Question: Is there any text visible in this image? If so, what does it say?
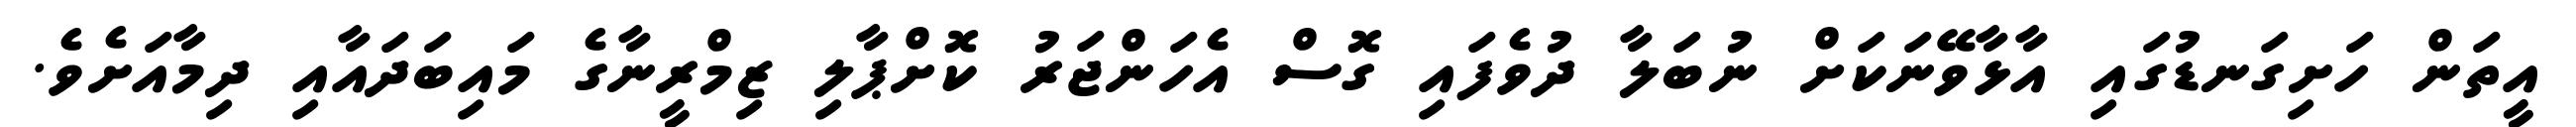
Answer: އީތަން ހަށިގަނޑުގައި އާޅާވޭނަކަށް ނުބަލާ ދުވެފައި ގޮސް އެހަންޖަރު ކޮށްޕާލި ޒިމްރީނާގެ މައިބަދައާއި ދިމާއަށެވެ.